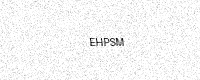
Text: EHPSM